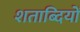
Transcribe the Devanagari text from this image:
शताब्‍दियों